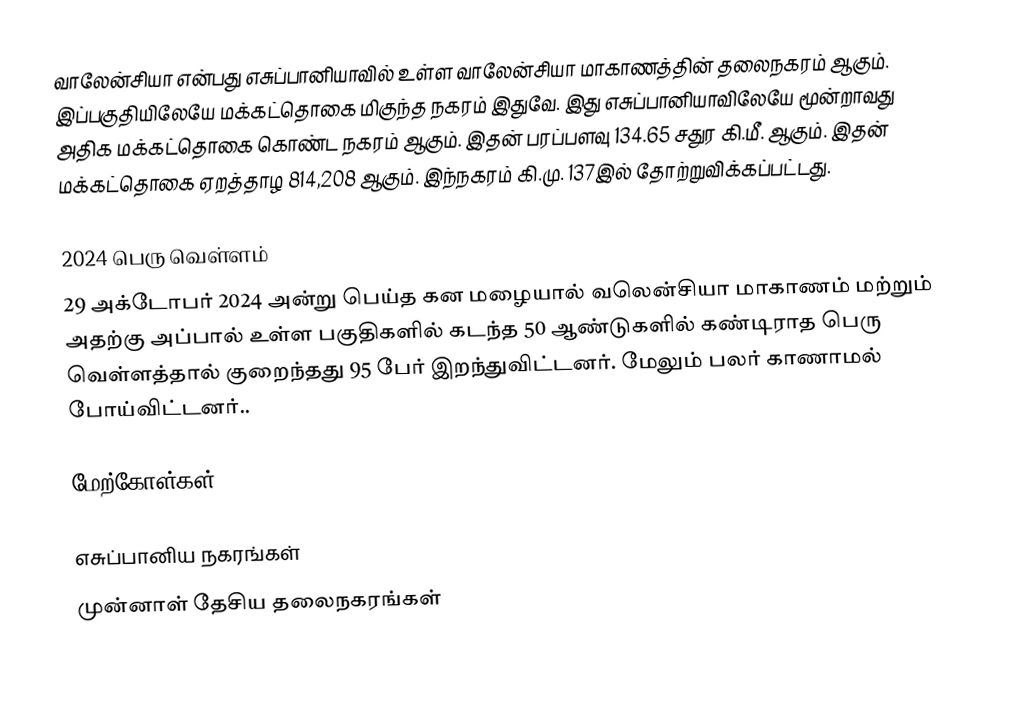
வாலேன்சியா என்பது எசுப்பானியாவில் உள்ள வாலேன்சியா மாகாணத்தின் தலைநகரம் ஆகும். இப்பகுதியிலேயே மக்கட்தொகை மிகுந்த நகரம் இதுவே. இது எசுப்பானியாவிலேயே மூன்றாவது அதிக மக்கட்தொகை கொண்ட நகரம் ஆகும். இதன் பரப்பளவு 134.65 சதுர கி.மீ. ஆகும். இதன் மக்கட்தொகை ஏறத்தாழ 814,208 ஆகும். இந்நகரம் கி.மு. 137இல் தோற்றுவிக்கப்பட்டது.

2024 பெரு வெள்ளம்
29 அக்டோபர் 2024 அன்று பெய்த கன மழையால் வலென்சியா மாகாணம் மற்றும் அதற்கு அப்பால் உள்ள பகுதிகளில் கடந்த 50 ஆண்டுகளில் கண்டிராத பெரு வெள்ளத்தால்  குறைந்தது 95 பேர் இறந்துவிட்டனர். மேலும் பலர் காணாமல் போய்விட்டனர்..

மேற்கோள்கள்

எசுப்பானிய நகரங்கள்
முன்னாள் தேசிய தலைநகரங்கள்